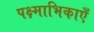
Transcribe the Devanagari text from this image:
पक्ष्माभिकाएँ